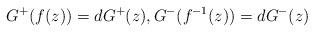
LaTeX: \begin{align*}G^+(f(z))=dG^+(z),G^-(f^{-1}(z))=dG^-(z)\end{align*}